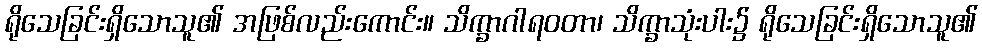
ရိုသေခြင်းရှိသောသူ၏ အဖြစ်လည်းကောင်း။ သိက္ခာဂါရဝတာ၊ သိက္ခာသုံးပါး၌ ရိုသေခြင်းရှိသောသူ၏